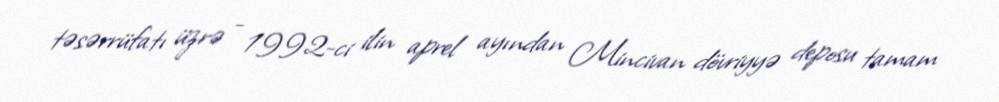
təsərrüfatı üzrə - 1992-ci ilin aprel ayından Mincivan dövriyyə deposu tamam